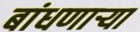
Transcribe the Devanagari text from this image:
बांधणार्‍या